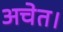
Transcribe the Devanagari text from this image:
अचेत।